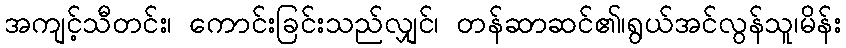
အကျင့်သီတင်း၊ ကောင်းခြင်းသည်လျှင်၊ တန်ဆာဆင်၏၊ရွယ်အင်လွန်သူ၊မိန်း